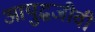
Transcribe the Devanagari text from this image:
आयुद्धजीवी